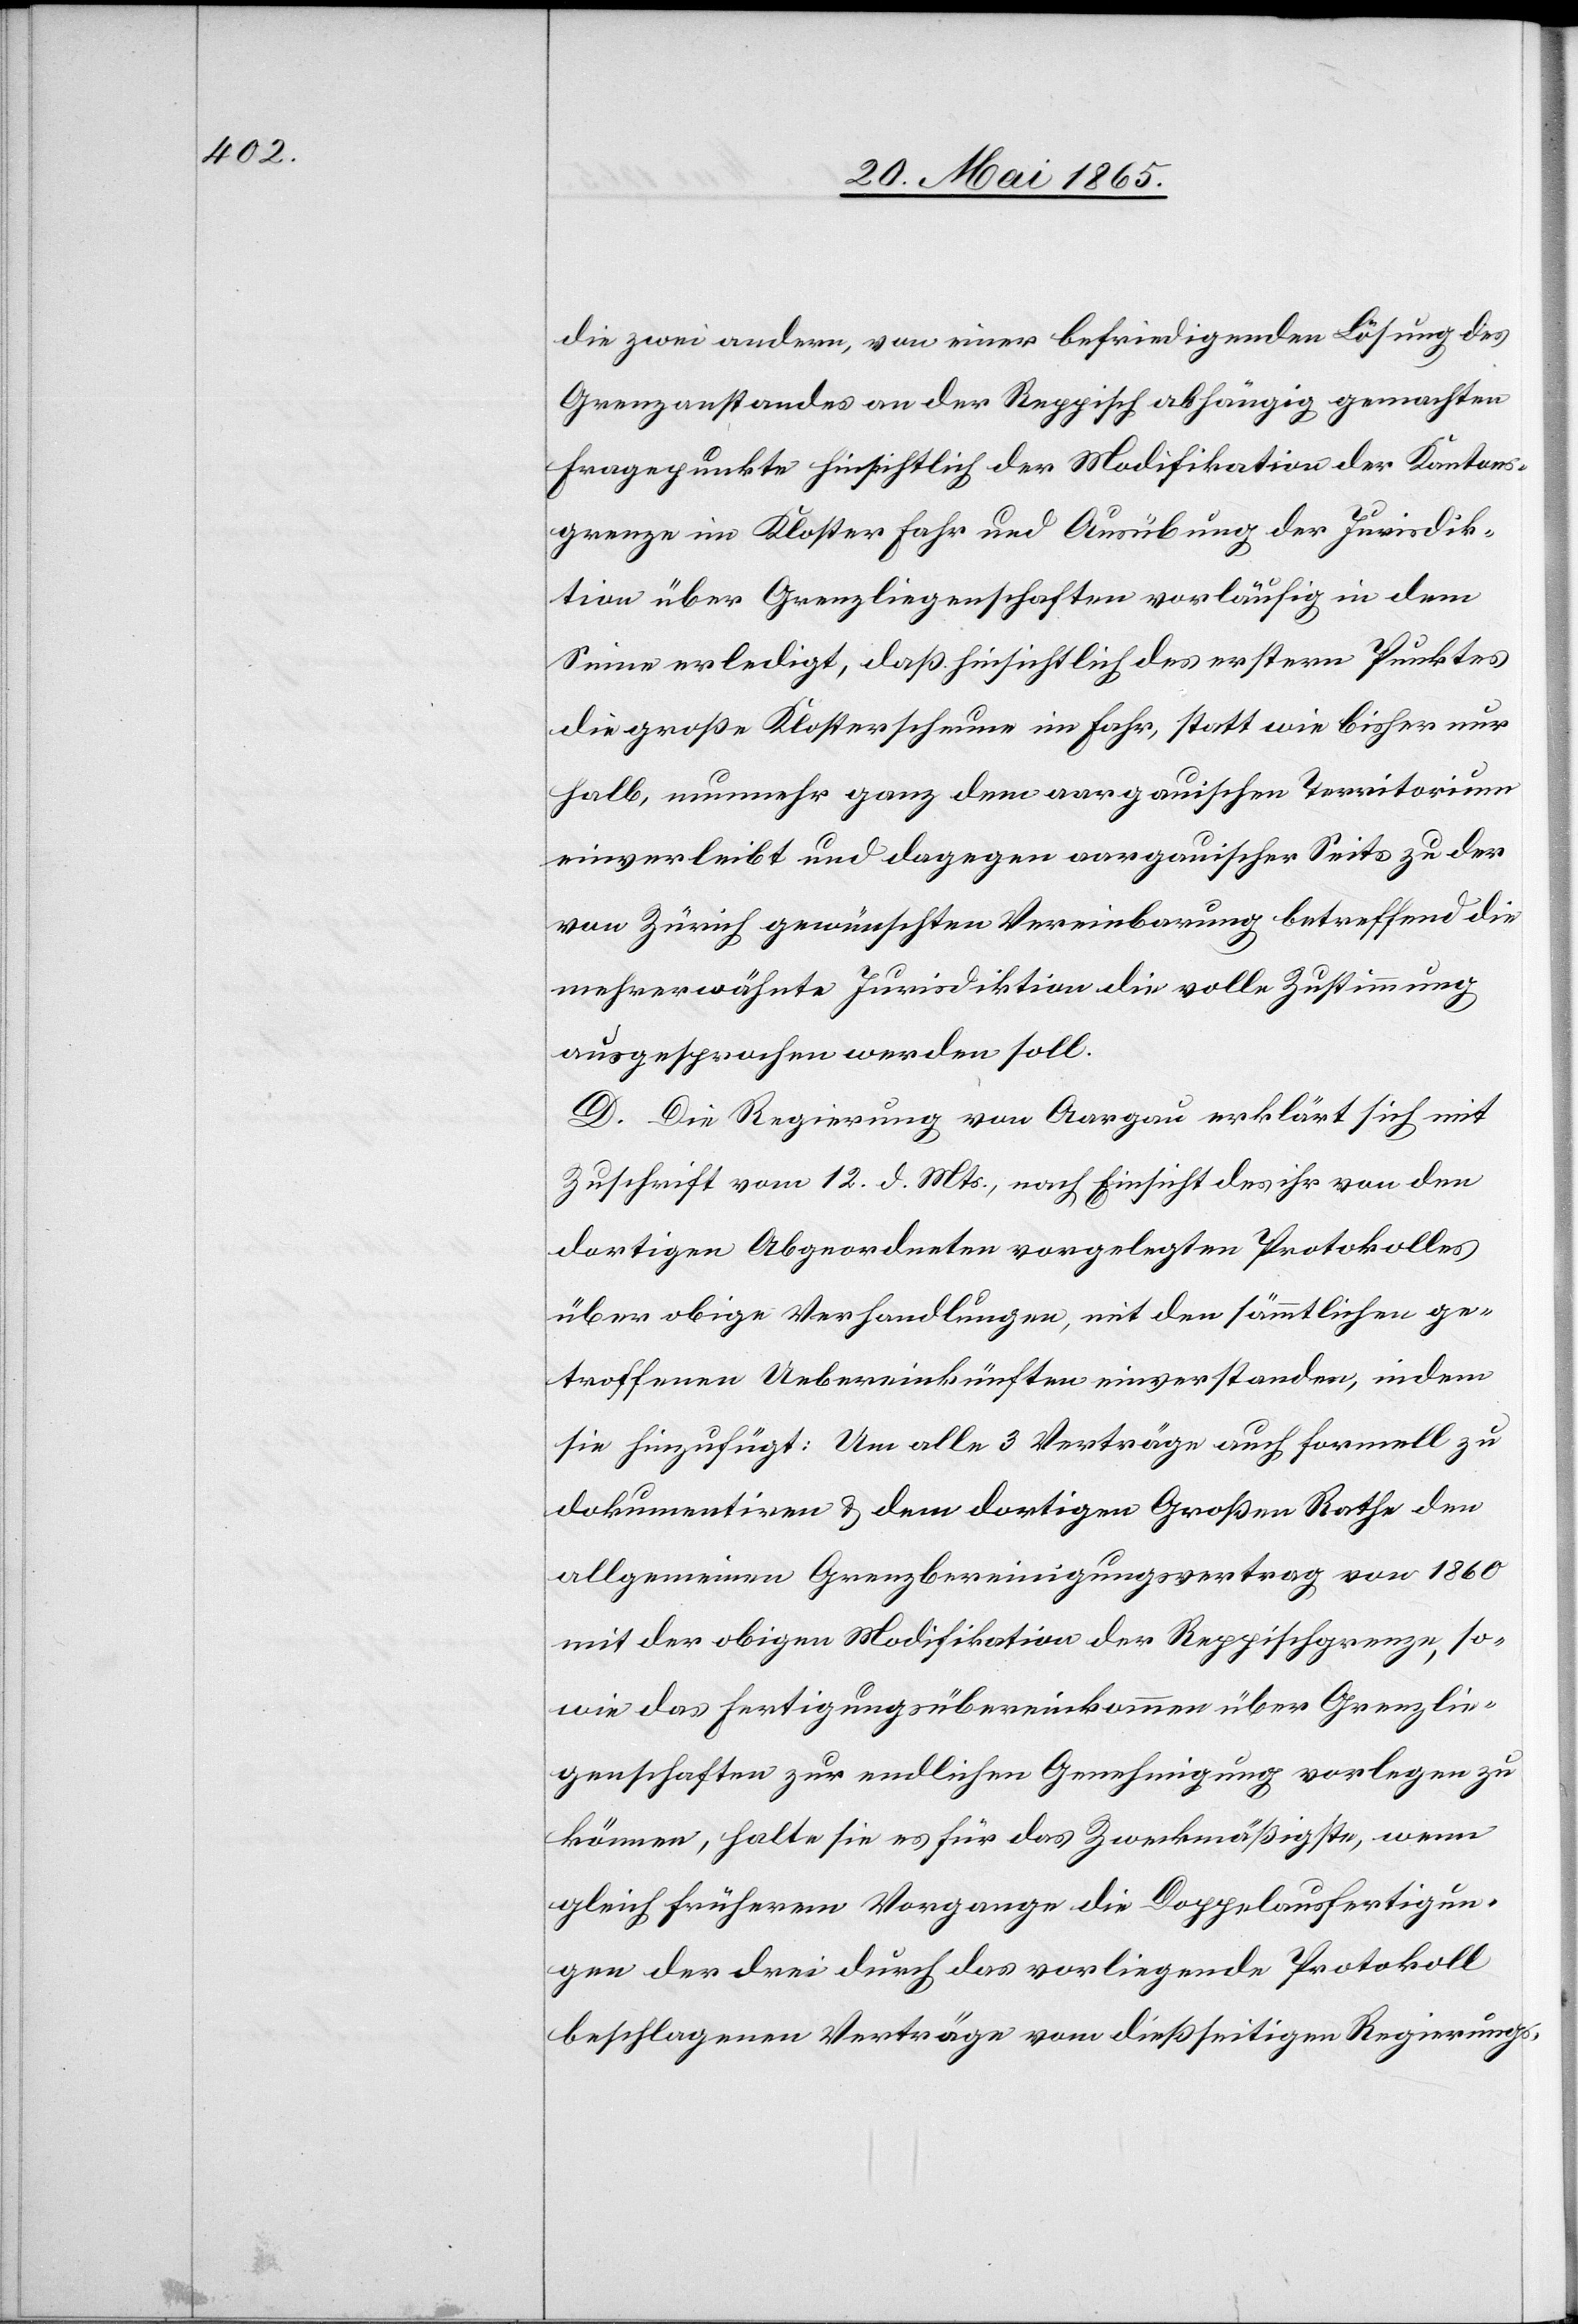
die zwei andern, von einer befriedigenden Lösung des
Grenzanstandes an der Reppisch abhängig gemachten
Fragepunkte hinsichtlich der Modifikation der Kantons¬
grenze im Kloster Fahr und Ausübung der Jurisdik¬
tion über Grenzliegenschaften vorläufig in dem
Sinne erledigt, daß hinsichtlich des erstern Punktes
die große Klosterscheune im Fahr, statt wie bisher nur
halb, nunmehr ganz dem aargauischen Territorium
einverleibt und dagegen aargauischer Seits zu der
von Zürich gewünschten Vereinbarung betreffend die
mehrerwähnte Jurisdiktion die volle Zustimmung
ausgesprochen werden soll.
D. Die Regierung von Aargau erklärt sich mit
Zuschrift vom 12. d. Mts., nach Einsicht des ihr von den
dortigen Abgeordneten vorgelegten Protokolles
über obige Verhandlungen, mit den sämmtlichen ge¬
troffenen Uebereinkünften einverstanden, indem
sie hinzufügt: Um alle 3 Verträge auch formell zu
dokumentiren & dem dortigen Großen Rathe den
allgemeinen Grenzbereinigungsvertrag von 1860
mit der obigen Modifikation der Reppischgrenze, so¬
wie das Fertigungsübereinkommen über Grenzlie¬
genschaften zur endlichen Genehmigung vorlegen zu
können, halte sie es für das Zweckmäßigste, wenn
gleich früherem Vorgange die Doppelausfertigun¬
gen der drei durch das vorliegende Protokoll
beschlagenen Verträge vom dießseitgien Regierungs-